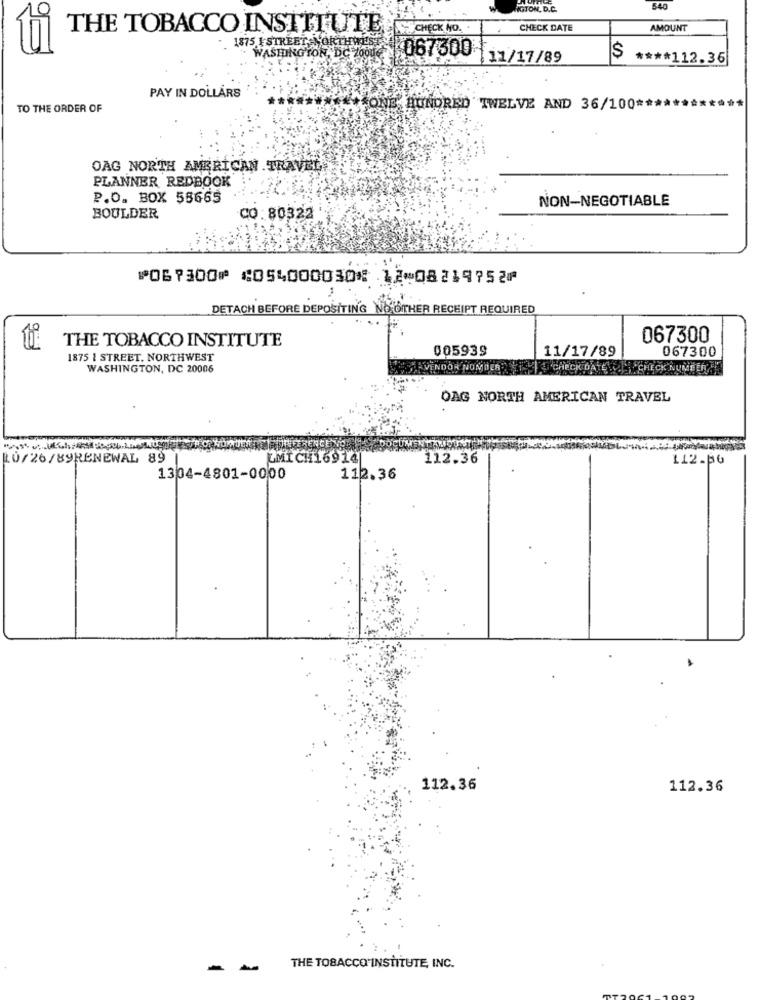
NGTON, D.C.
540
THE TOBACCO INSTITUTE
SO CHECK NO. .
CHECK DATE
AMOUNT
". 1875 I STREET NORTHWEST
WASHINGTON
IGTON, DC 70006 067300
11/17/89
$
**** 112.36
PAY IN DOLLÅRS
TO THE ORDER OF
HUNDRED TWELVE AND 36/100 ***
OAG NORTH AMERICAN .TRAVEL.
PLANNER REDBOOK
P.O. BOX 55665
NON-NEGOTIABLE
BOULDER
CQ: 80322
⑈067300⑈ ⑆054000030⑆ 12⑉08219752⑈
DETACH BEFORE DEPOSITING NO OTHER RECEIPT REQUIRED
THE TOBACCO INSTITUTE
067300
005939
067300
1875 1 STREET. NORTHWEST
11/17/89
WASHINGTON, DC 20006
ENDOR NOMDER
CHECK DATE
CHECK NUMBERS
DAG NORTH AMERICAN TRAVEL
10/26/89RENEWAL 89 |
MICH16914
112.36
L12.po
1304-4801-0000
112.36
112.36
112.36
- -
THE TOBACCO INSTITUTE, INC.